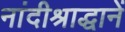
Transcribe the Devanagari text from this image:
नांदीश्राद्धानें